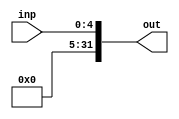
`timescale 1ns / 1ps
//////////////////////////////////////////////////////////////////////////////////
// Company: 
// Engineer: 
// 
// Design Name: 
// Module Name: Sign_ext1
// Project Name: 
// Target Devices: 
// Tool Versions: 
// Description: 
// 
// Dependencies: 
// 
// Revision:
// Revision 0.01 - File Created
// Additional Comments:
// 
//////////////////////////////////////////////////////////////////////////////////


module Sign_ext1(
    input [4:0] inp,
    output [31:0] out
    );
    assign out = {27'b0, inp};
endmodule